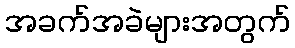
အခက်အခဲများအတွက်